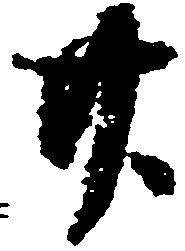
廿